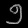
Digit: ၅